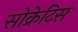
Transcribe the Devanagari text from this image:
सोक्रेटिस